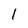
Character: 1